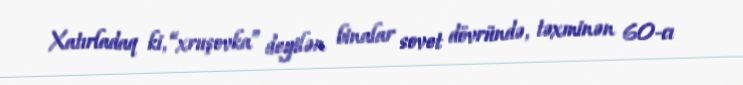
Xatırladaq ki, “xruşovka” deyilən binalar sovet dövründə, təxminən 60-cı